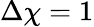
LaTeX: \Delta\chi=1